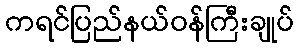
ကရင်ပြည်နယ်ဝန်ကြီးချုပ်